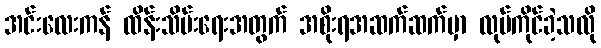
အင်းလေးကန် ထိန်းသိမ်းရေးအတွက် အစိုးရအဆက်ဆက်မှာ လုပ်ကိုင်ခဲ့သလို